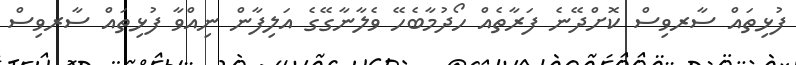
ފުޅިތައް ސާރވިސް ކޮށްދޭނެ ފަރާތެއް ހޯދުމާބެހޭ ވެލާނާގޭގެ އަލިފާން ނިއްވާ ފުޅިތައް ސާރވިސް